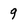
Character: 9